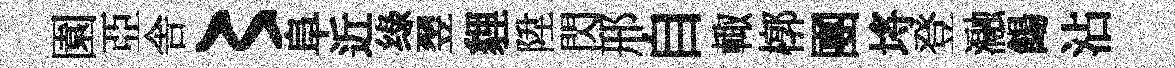
園亞舎〻阜近绿翌貍陞閃邢自輙槨團埓登瀜餳沾